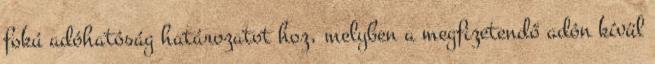
fokú adóhatóság határozatot hoz, melyben a megfizetendő adón kívül